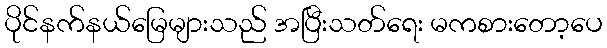
ပိုင်နက်နယ်မြေများသည် အပြီးသတ်ရေး မကစားတော့ပေ